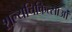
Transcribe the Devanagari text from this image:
शल्यचिकित्साओं